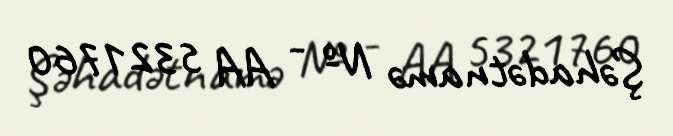
Şəhadətnamə № - AA 5321760